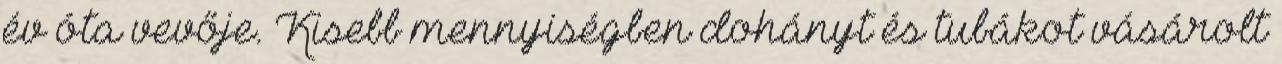
év óta vevője. Kisebb mennyiségben dohányt és tubákot vásárolt